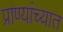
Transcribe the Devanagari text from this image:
प्राण्यांच्यात